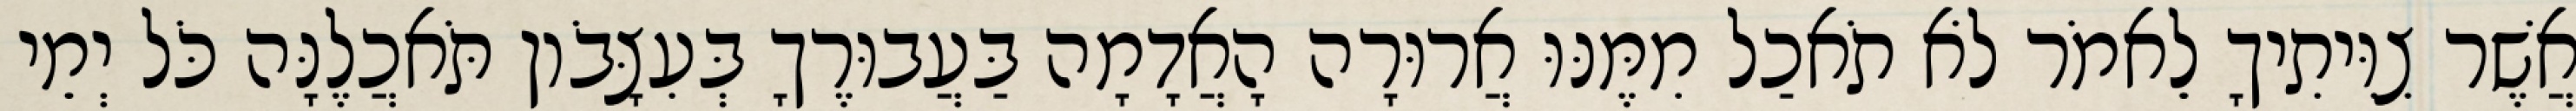
אֲשֶׁר צִוִּיתִיךָ לֵאמֹר לֹא תֹאכַל מִמֶּנּוּ אֲרוּרָה הָאֲדָמָה בַּעֲבוּרֶךָ בְּעִצָּבֹון תֹּאכֲלֶנָּה כֹּל יְמֵי